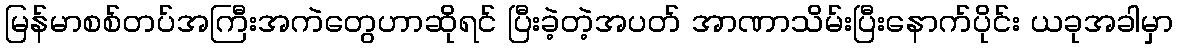
မြန်မာစစ်တပ်အကြီးအကဲတွေဟာဆိုရင် ပြီးခဲ့တဲ့အပတ် အာဏာသိမ်းပြီးနောက်ပိုင်း ယခုအခါမှာ